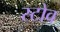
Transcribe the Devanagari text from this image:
स्‍टोव